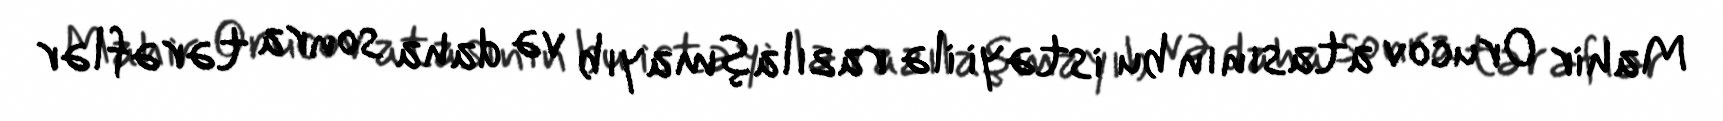
Mahir Orucov atasının bu istəyi ilə razılaşmayıb və daha sonra tərəflər